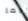
ربما